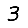
Digit: 3